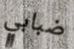
ضبابي